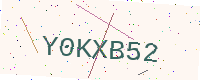
Text: Y0KXB52